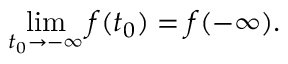
\operatorname* { l i m } _ { t _ { 0 } \to - \infty } f ( t _ { 0 } ) = f ( - \infty ) .